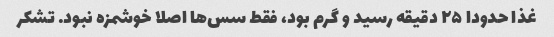
غذا حدودا ۲۵ دقیقه رسید و گرم بود، فقط سس‌ها اصلا خوشمزه نبود. تشکر